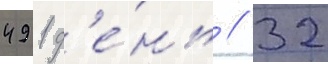
491 д'е́нь // 32